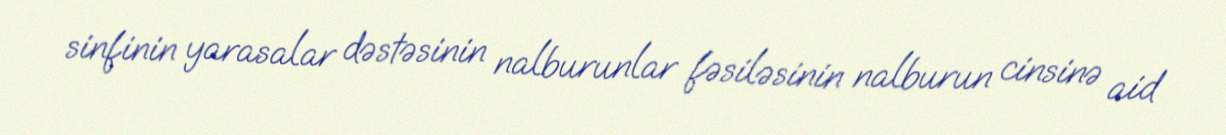
sinfinin yarasalar dəstəsinin nalburunlar fəsiləsinin nalburun cinsinə aid